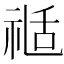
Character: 𥚇